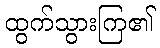
ထွက်သွားကြ၏